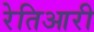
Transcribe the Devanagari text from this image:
रेतिआरी